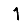
Digit: 1